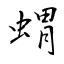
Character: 蝟